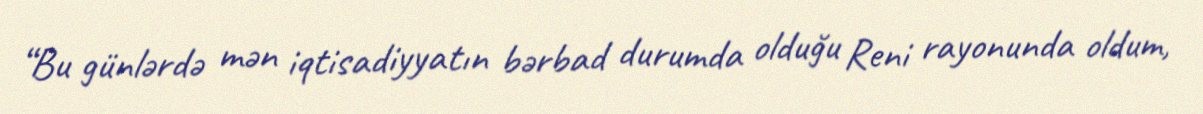
“Bu günlərdə mən iqtisadiyyatın bərbad durumda olduğu Reni rayonunda oldum,